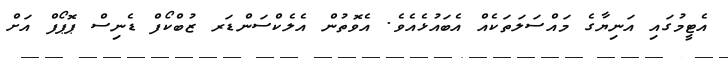
އެޓީމުގައި އަނިޔާގެ މައްސަލަތަކެއް އެބައުޅެއެވެ. އެވޮތުން އެލެކްސަންޑަރ ޒުބްކޯފް ޑެނިސް ޕޮޕޯފް އަށް